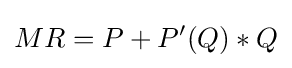
MR=P+P'(Q)*Q